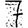
Digit: 7